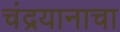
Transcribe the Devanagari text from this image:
चंद्रयानाचा